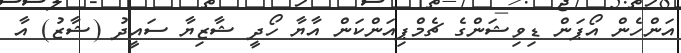
އަންހެން އޯޕަން ޑިވިޝަންގެ ޗެމްޕިއަންކަން އާޔާ ހޯދީ ޝާޒިޔާ ސައީދު (ޝާޒު) އާ